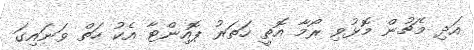
އަދި މެޗުން މޮޅުވި ރޯމާ އޮތީ ހަތަރު ޕޮއިންޓާ އެކު ހަތް ވަނައިގަ